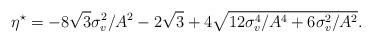
LaTeX: \begin{align*}\eta^{\star}=-8\sqrt{3}\sigma_v^2/A^2-2\sqrt{3}+4\sqrt{12\sigma_v^4/A^4+6\sigma_v^2/A^2}.\end{align*}